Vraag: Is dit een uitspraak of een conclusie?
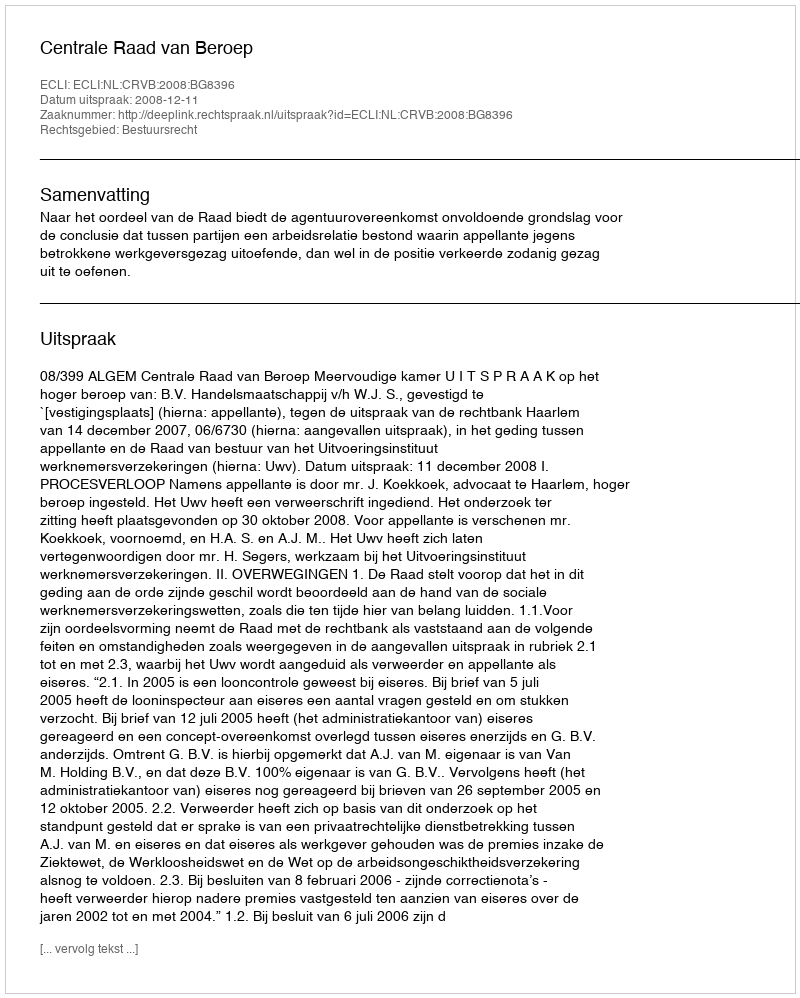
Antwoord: Uitspraak